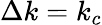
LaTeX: \Delta k=k_{c}